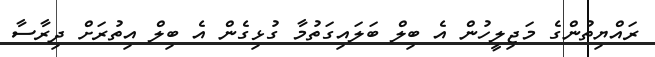
ރައްޔިތުންގެ މަޖިލީހުން އެ ބިލް ބަލައިގަތުމާ ގުޅިގެން އެ ބިލް އިތުރަށް ދިރާސާ